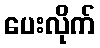
ပေးလိုက်